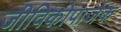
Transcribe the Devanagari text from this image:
जीविकोपार्जक